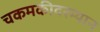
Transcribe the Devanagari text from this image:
चकमकीदरम्यान